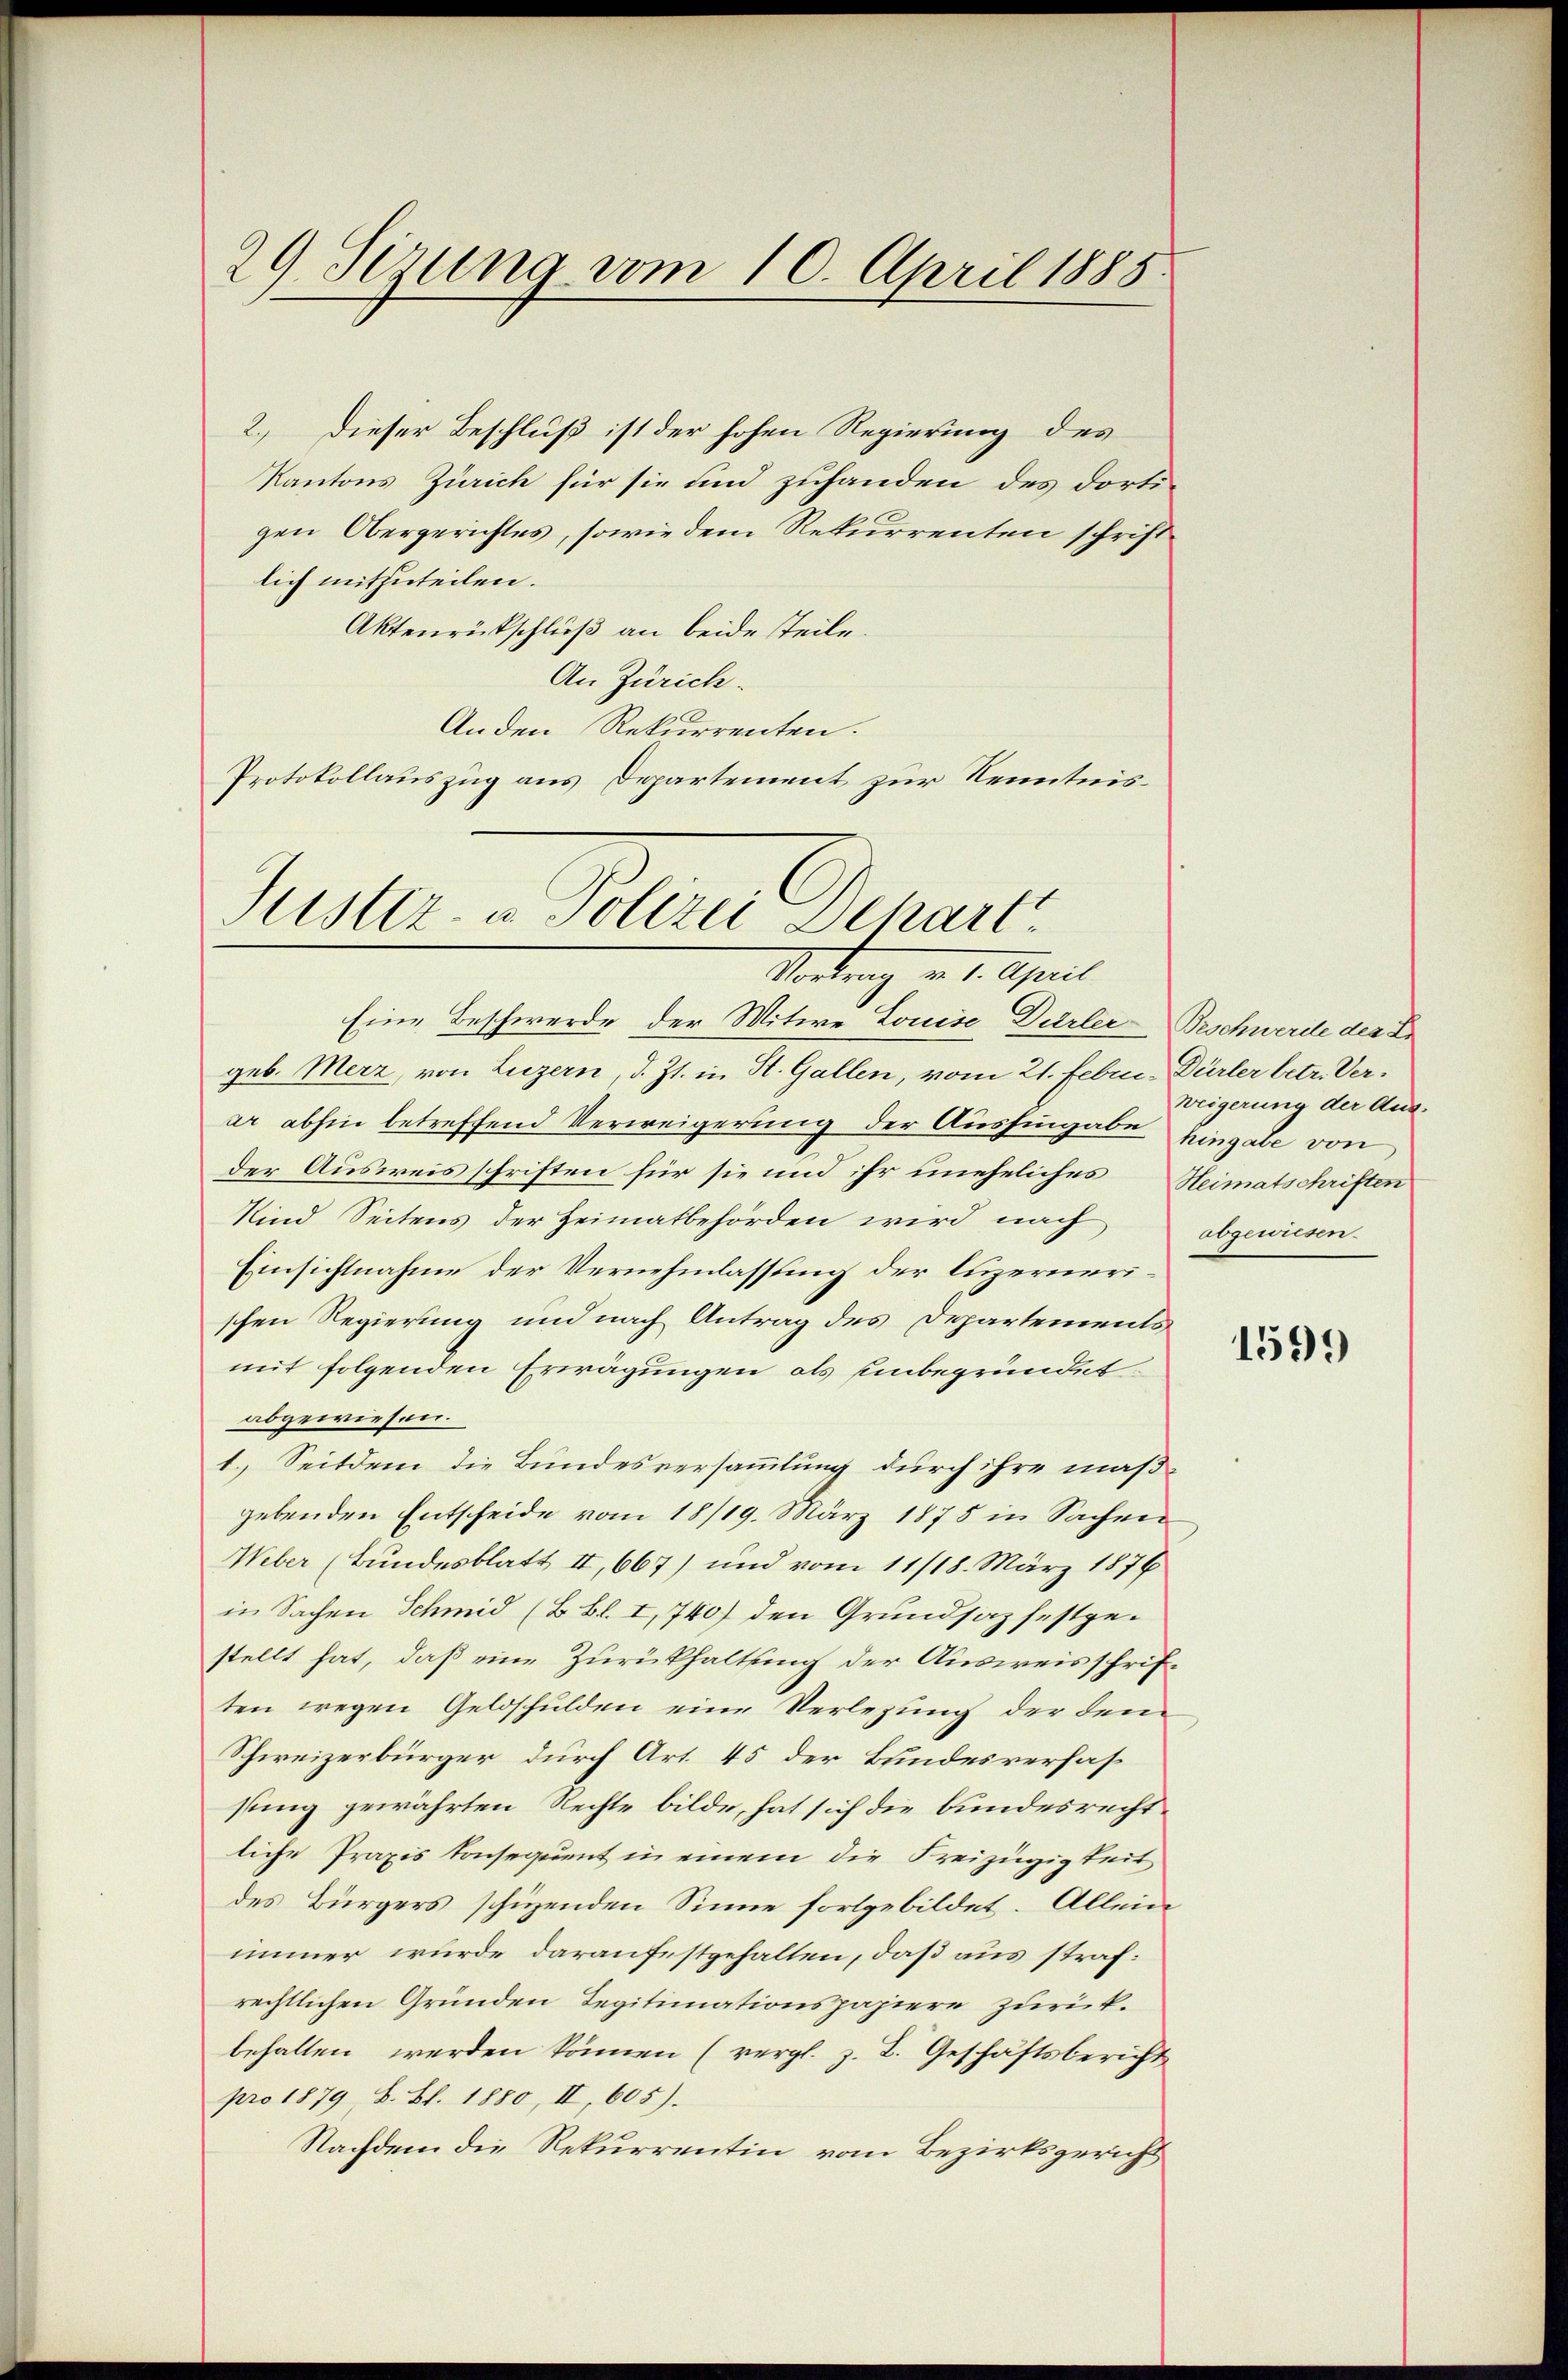
29. Sezung vom 10. April 1885

2.) Dieser Beschluß ist der hohen Regierung des
Kantons Zürich für sie und zuhanden des dortigen Obergerichtes, sowie dem Rekurrenten schriftlich mitzuteilen.
Aktenrütschluß an beide steile.
An Zürich.
Anden Rekurrenten.
Protokollauszug aus Departement zur Kenntnis¬

Justiz- u Polizei Depart
Vortrag v. 1. April

Eine Beschwerde der Witwe Louise Darler-Beschwerde der Er
geb. Merz, von Luzern, d. Zt. in St. Gallen, vom 21. Febru- Dürler betr. Verar abhin betreffend Verweigerung der Aushingabe hingabe von
der Ausweisschriften für sie und ihr uneheliches Heimatschriften
Kind Seitens der Heimatbehörden wird nach
Einsichtnahme der Vernehmlassung der luzernerischen Regierung und nach Antrag des Departements
mit folgenden Erwägungen als unbegründet
abgewiesen.
1. Seitdem die Bundesversammlung durch ihre maß-
gebenden Entscheide vom 18/19. März 1875 in Sachen
Weber (Bundesblatt II, 667) und vom 11/18. März 1876
in Sachen Schmid (B. Bl. I, 740) den Grundsaz festgestellt hat, daß eine Zurückhaltung der Ausweisschriften wegen Geldschulden eine Verlegung der dem
Schweizerbürger durch Art. 45 der Bundesverfassung gewährten Rechte bilde, hat sich die bundesrechtliche Praxis Konsequent in einem die Kreizügigkeit
des Bürgers schüzenden Sinne fortgebildet. Allein
immer wurde daran festgehalten, daß aus strafrechtlichen Gründen Legitimationspapiere zurückbehalten werden können (vergl. z. B. Geschäftsbericht
pro 1879, S. Bl. 1880, II, 605).
Nachdem die Rekurrentin vom Bezirksgericht

Weigerung der Aus-
obgewiesen.

1599